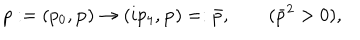
LaTeX: p : = ( p _ { 0 } , { \bf p } ) \rightarrow ( i p _ { 4 } , { \bf p } ) = : \bar { p } , \qquad ( \bar { p } ^ { 2 } > 0 ) ,